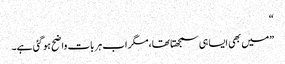
“
”میں بھی ایسا ہی سمجھتا تھا،مگر اب ہر بات واضح ہو گئی ہے۔